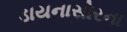
ડાયનાસોરના